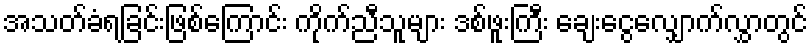
အသတ်ခံရခြင်းဖြစ်ကြောင်း ကိုက်ညီသူများ ဒစ်ဖူးကြီး ချေးငွေလျှောက်လွှာတွင်